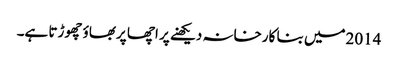
2014میں بنا کارخانہ دیکھنے پر اچھا پربھاؤ چھوڑتا ہے۔